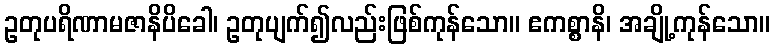
ဥတုပရိဏာမဇာနိပိခေါ၊ ဥတုပျက်၍လည်းဖြစ်ကုန်သော။ ဧကစ္စာနိ၊ အချို့ကုန်သော။